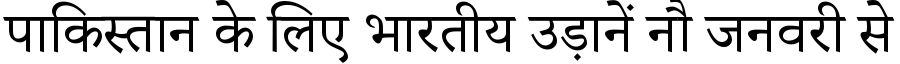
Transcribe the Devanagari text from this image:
पाकिस्तान के लिए भारतीय उड़ानें नौ जनवरी से